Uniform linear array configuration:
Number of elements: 24
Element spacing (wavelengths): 1
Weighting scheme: hamming
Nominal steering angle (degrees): -60
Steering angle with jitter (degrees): -59.209
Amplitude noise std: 0.05
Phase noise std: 0.05

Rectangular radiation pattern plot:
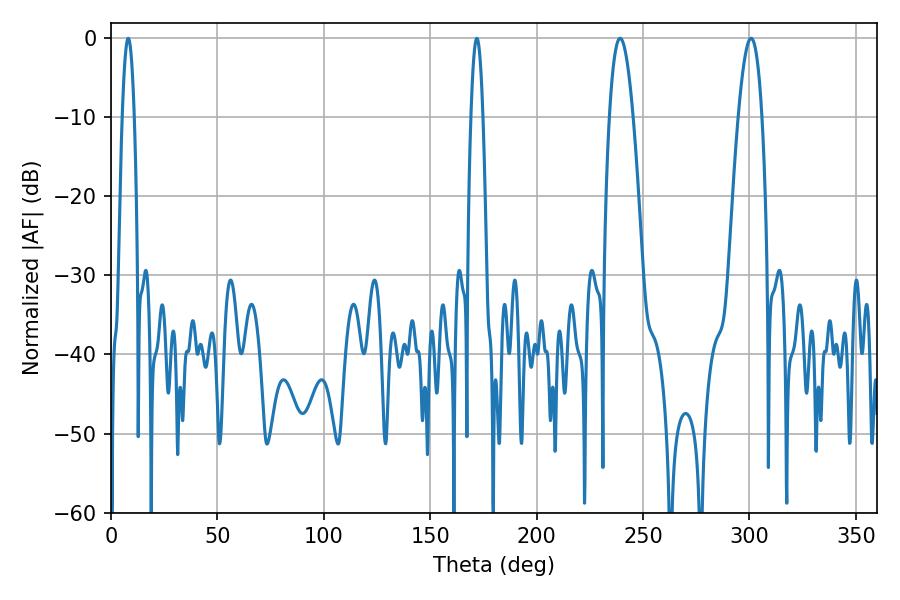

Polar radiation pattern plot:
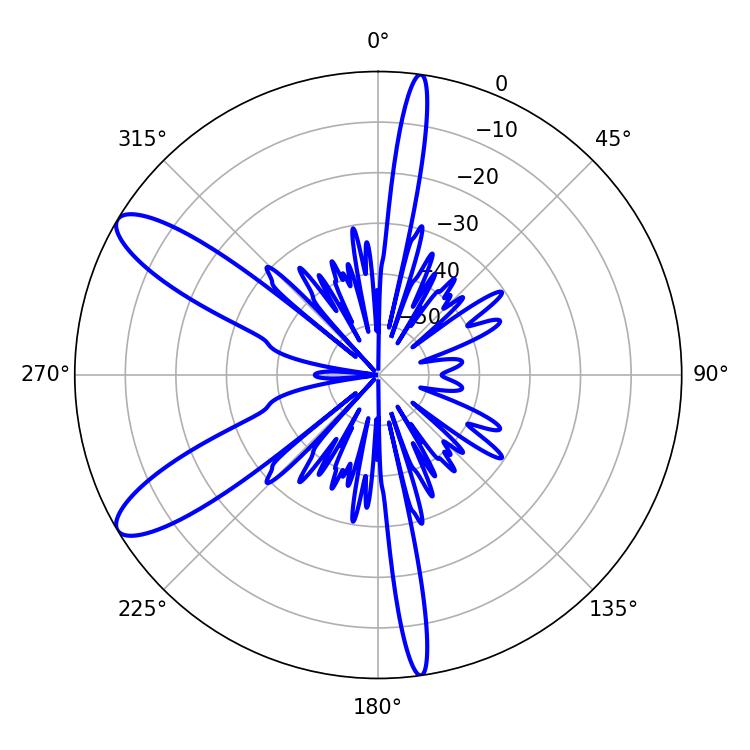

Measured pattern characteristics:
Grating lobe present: TRUE
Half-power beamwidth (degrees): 6.12
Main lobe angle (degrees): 300.78